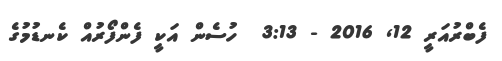
ފެބްރުއަރީ 12